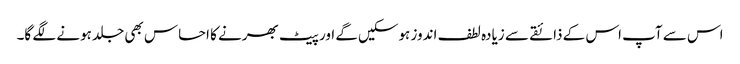
اس سے آپ اس کے ذائقے سے زیادہ لطف اندوز ہوسکیں گے اور پیٹ بھرنے کا احساس بھی جلد ہونے لگے گا۔